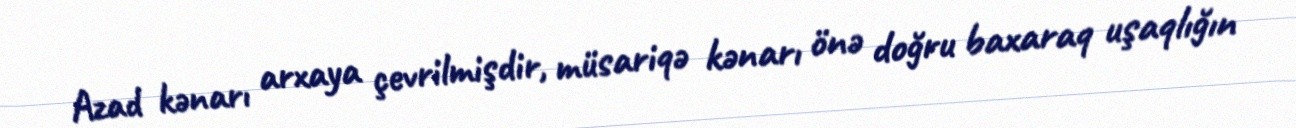
Azad kənarı arxaya çevrilmişdir, müsariqə kənarı önə doğru baxaraq uşaqlığın